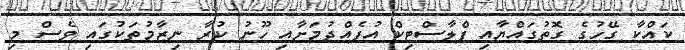
ކައްކާ ގޭހުގެ ގޮތުގައްޔާއި ޕްލާސްޓިކް އުފެއްދުމަށާއި ހޫނު ކުރާ ނިޒާމުތަކުގައި ވެސް މި